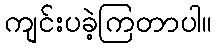
ကျင်းပခဲ့ကြတာပါ။